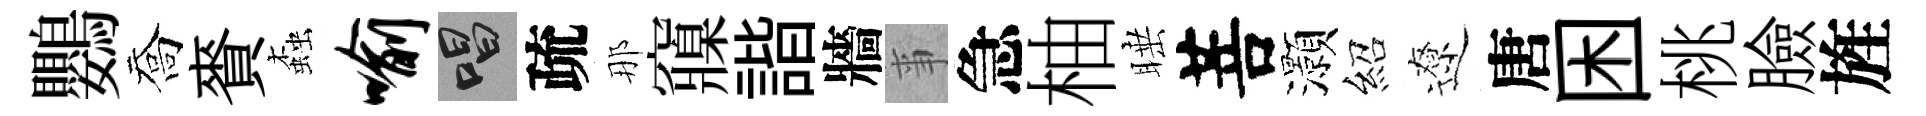
鸚喬賚螙喻唱疏那䆿諧牆亊急柚睡菩灝紹遼唐困桃臉旌